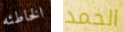
الخاطئه الحمد